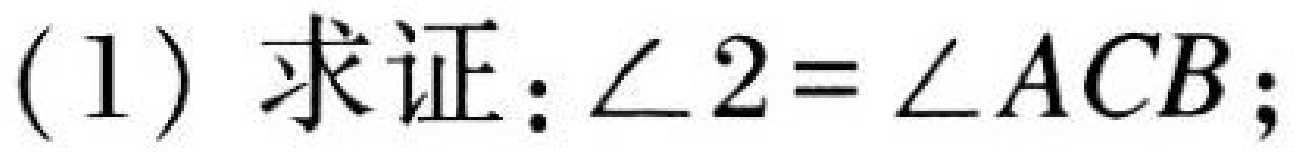
(1) 求证：\(\angle 2=\angle ACB\);